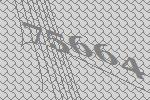
75664